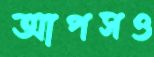
আপসও